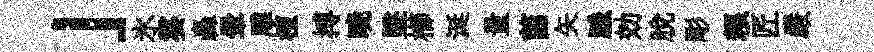
」氷霎轟暈雕檀搏暁墜櫛涎量茵矢脈効脱彫粮匠嚴